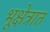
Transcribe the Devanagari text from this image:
भूक्षेत्रात